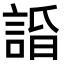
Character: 𧨥